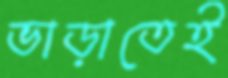
ভাড়াতেই